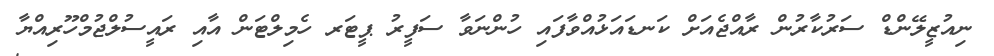
ނިއުޒީލޭންޑް ސަރުކާރުން ރާއްޖެއަށް ކަނޑައަޅުއްވާފައި ހުންނަވާ ސަފީރު ޕީޓަރ ހެމިލްޓަން އާއި ރައީސުލްޖުމްހޫރިއްޔާ